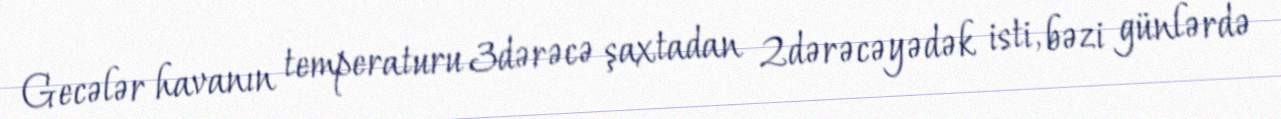
Gecələr havanın temperaturu 3dərəcə şaxtadan 2dərəcəyədək isti, bəzi günlərdə